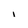
Character: i